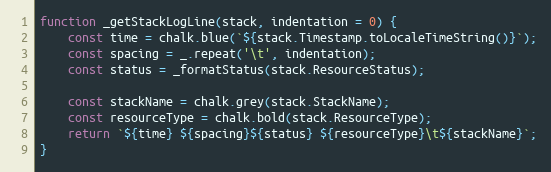
Language: JavaScript
function _getStackLogLine(stack, indentation = 0) {
    const time = chalk.blue(`${stack.Timestamp.toLocaleTimeString()}`);
    const spacing = _.repeat('\t', indentation);
    const status = _formatStatus(stack.ResourceStatus);

    const stackName = chalk.grey(stack.StackName);
    const resourceType = chalk.bold(stack.ResourceType);
    return `${time} ${spacing}${status} ${resourceType}\t${stackName}`;
}